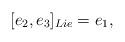
LaTeX: \begin{align*}[e_2,e_3]_{Lie}=e_1,\end{align*}